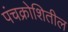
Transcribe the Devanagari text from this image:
पंचक्रोशितील